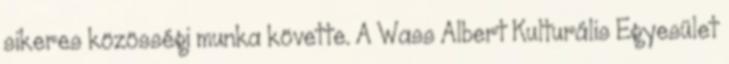
sikeres közösségi munka követte. A Wass Albert Kulturális Egyesület